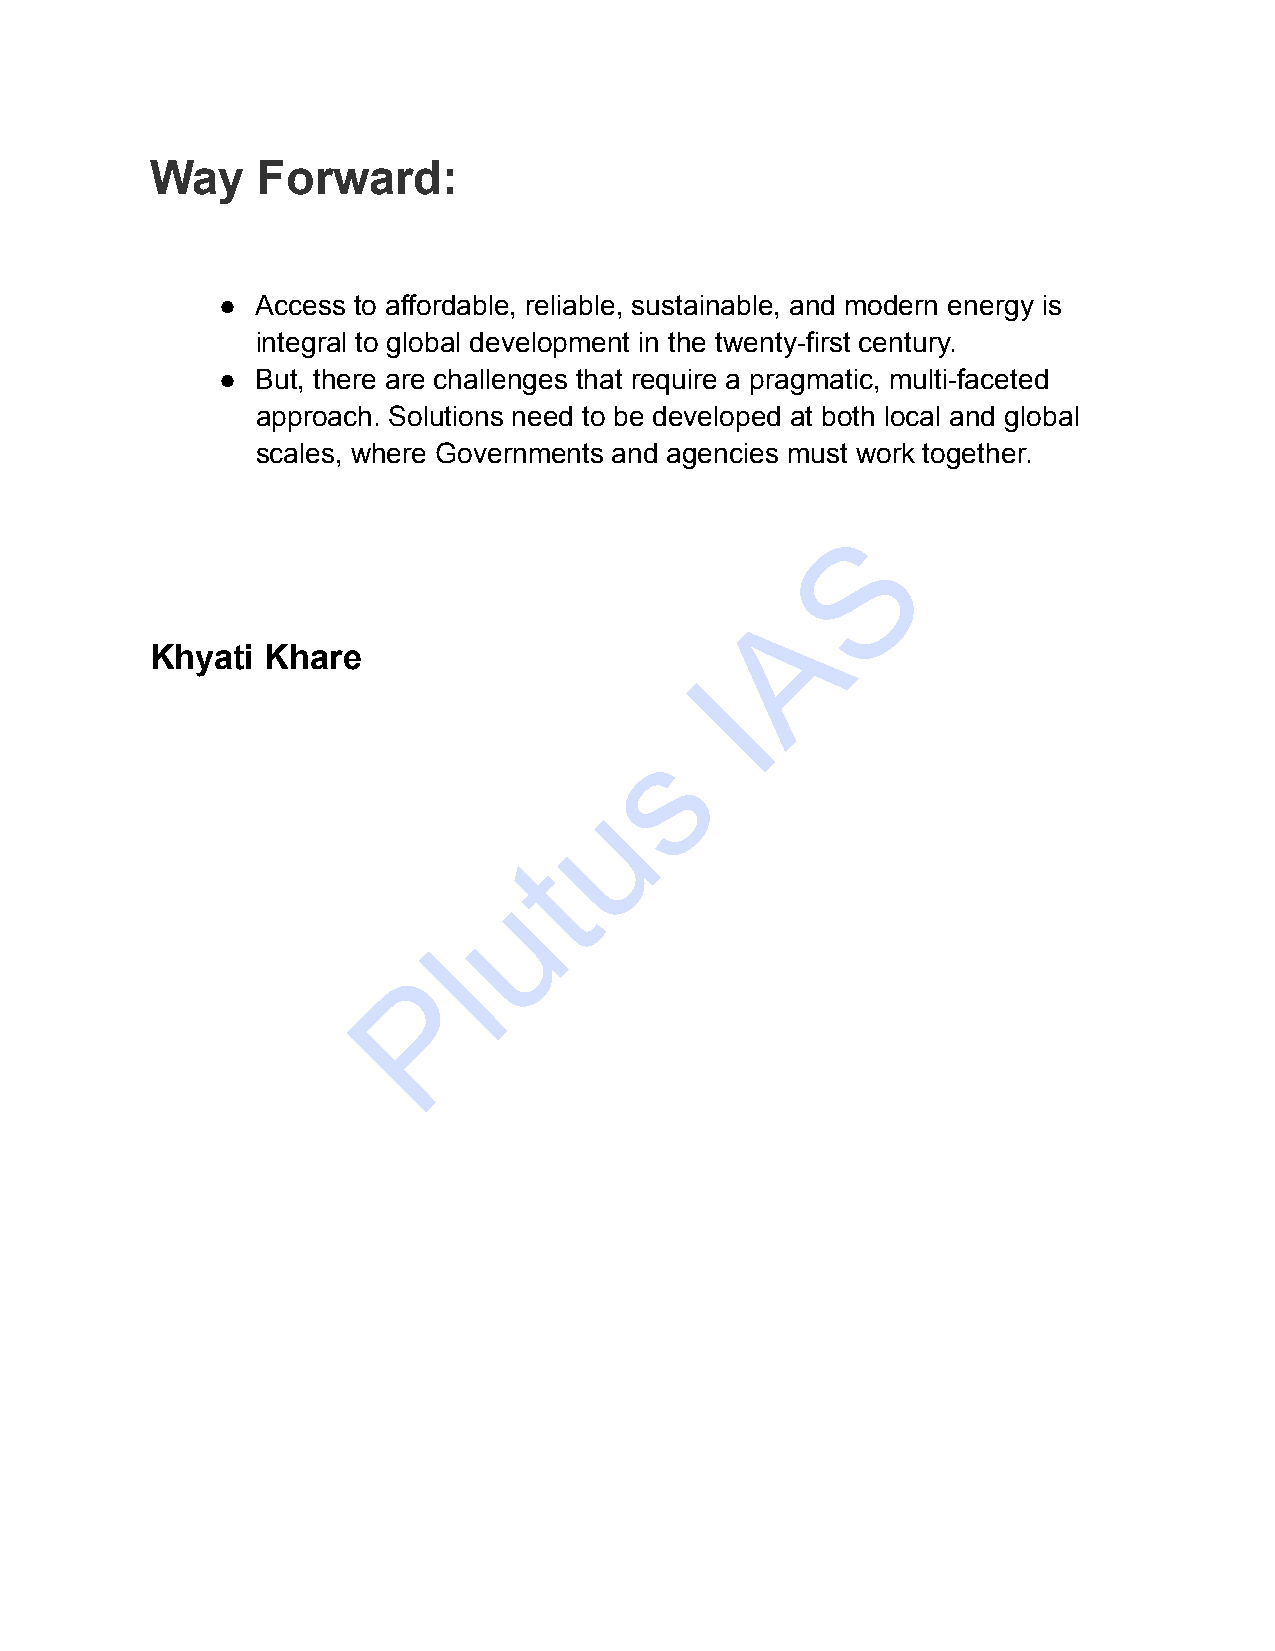
Way    Forward:
 ●  Access to affordable, reliable, sustainable, and modern energy is
 integral to global development in the twenty-first century.
 ●  But, there are challenges that require a pragmatic, multi-faceted
 approach. Solutions need to be developed at both local and global
 scales, where Governments and agencies must work together.
 S
 A
 Khyati  Khare
 I
 s
 u
 t
 u
 l
 P